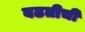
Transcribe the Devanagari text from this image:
बढतीची